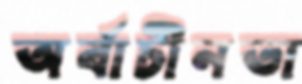
অর্বাচীনতা